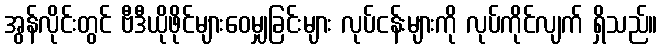
အွန်လိုင်းတွင် ဗီဒီယိုဖိုင်များဝေမျှခြင်းများ လုပ်ငန်းများကို လုပ်ကိုင်လျက် ရှိသည်။